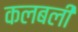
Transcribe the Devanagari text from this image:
कलबली